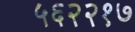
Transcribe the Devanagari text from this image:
५६२२१७